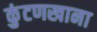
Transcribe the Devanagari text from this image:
कुंटणखाना